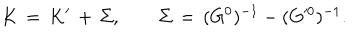
K \, = \, K ^ { \prime } \, + \, \Sigma , \qquad \Sigma \, = \, ( G ^ { 0 } ) ^ { - 1 } - ( G ^ { 0 } ) ^ { - 1 } .